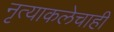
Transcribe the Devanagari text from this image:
नृत्याकलेचाही